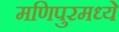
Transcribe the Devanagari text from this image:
मणिपुरमध्ये